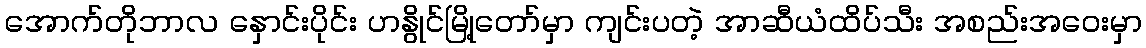
အောက်တိုဘာလ နှောင်းပိုင်း ဟနွိုင်မြို့တော်မှာ ကျင်းပတဲ့ အာဆီယံထိပ်သီး အစည်းအဝေးမှာ